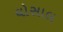
ઘોસાલ